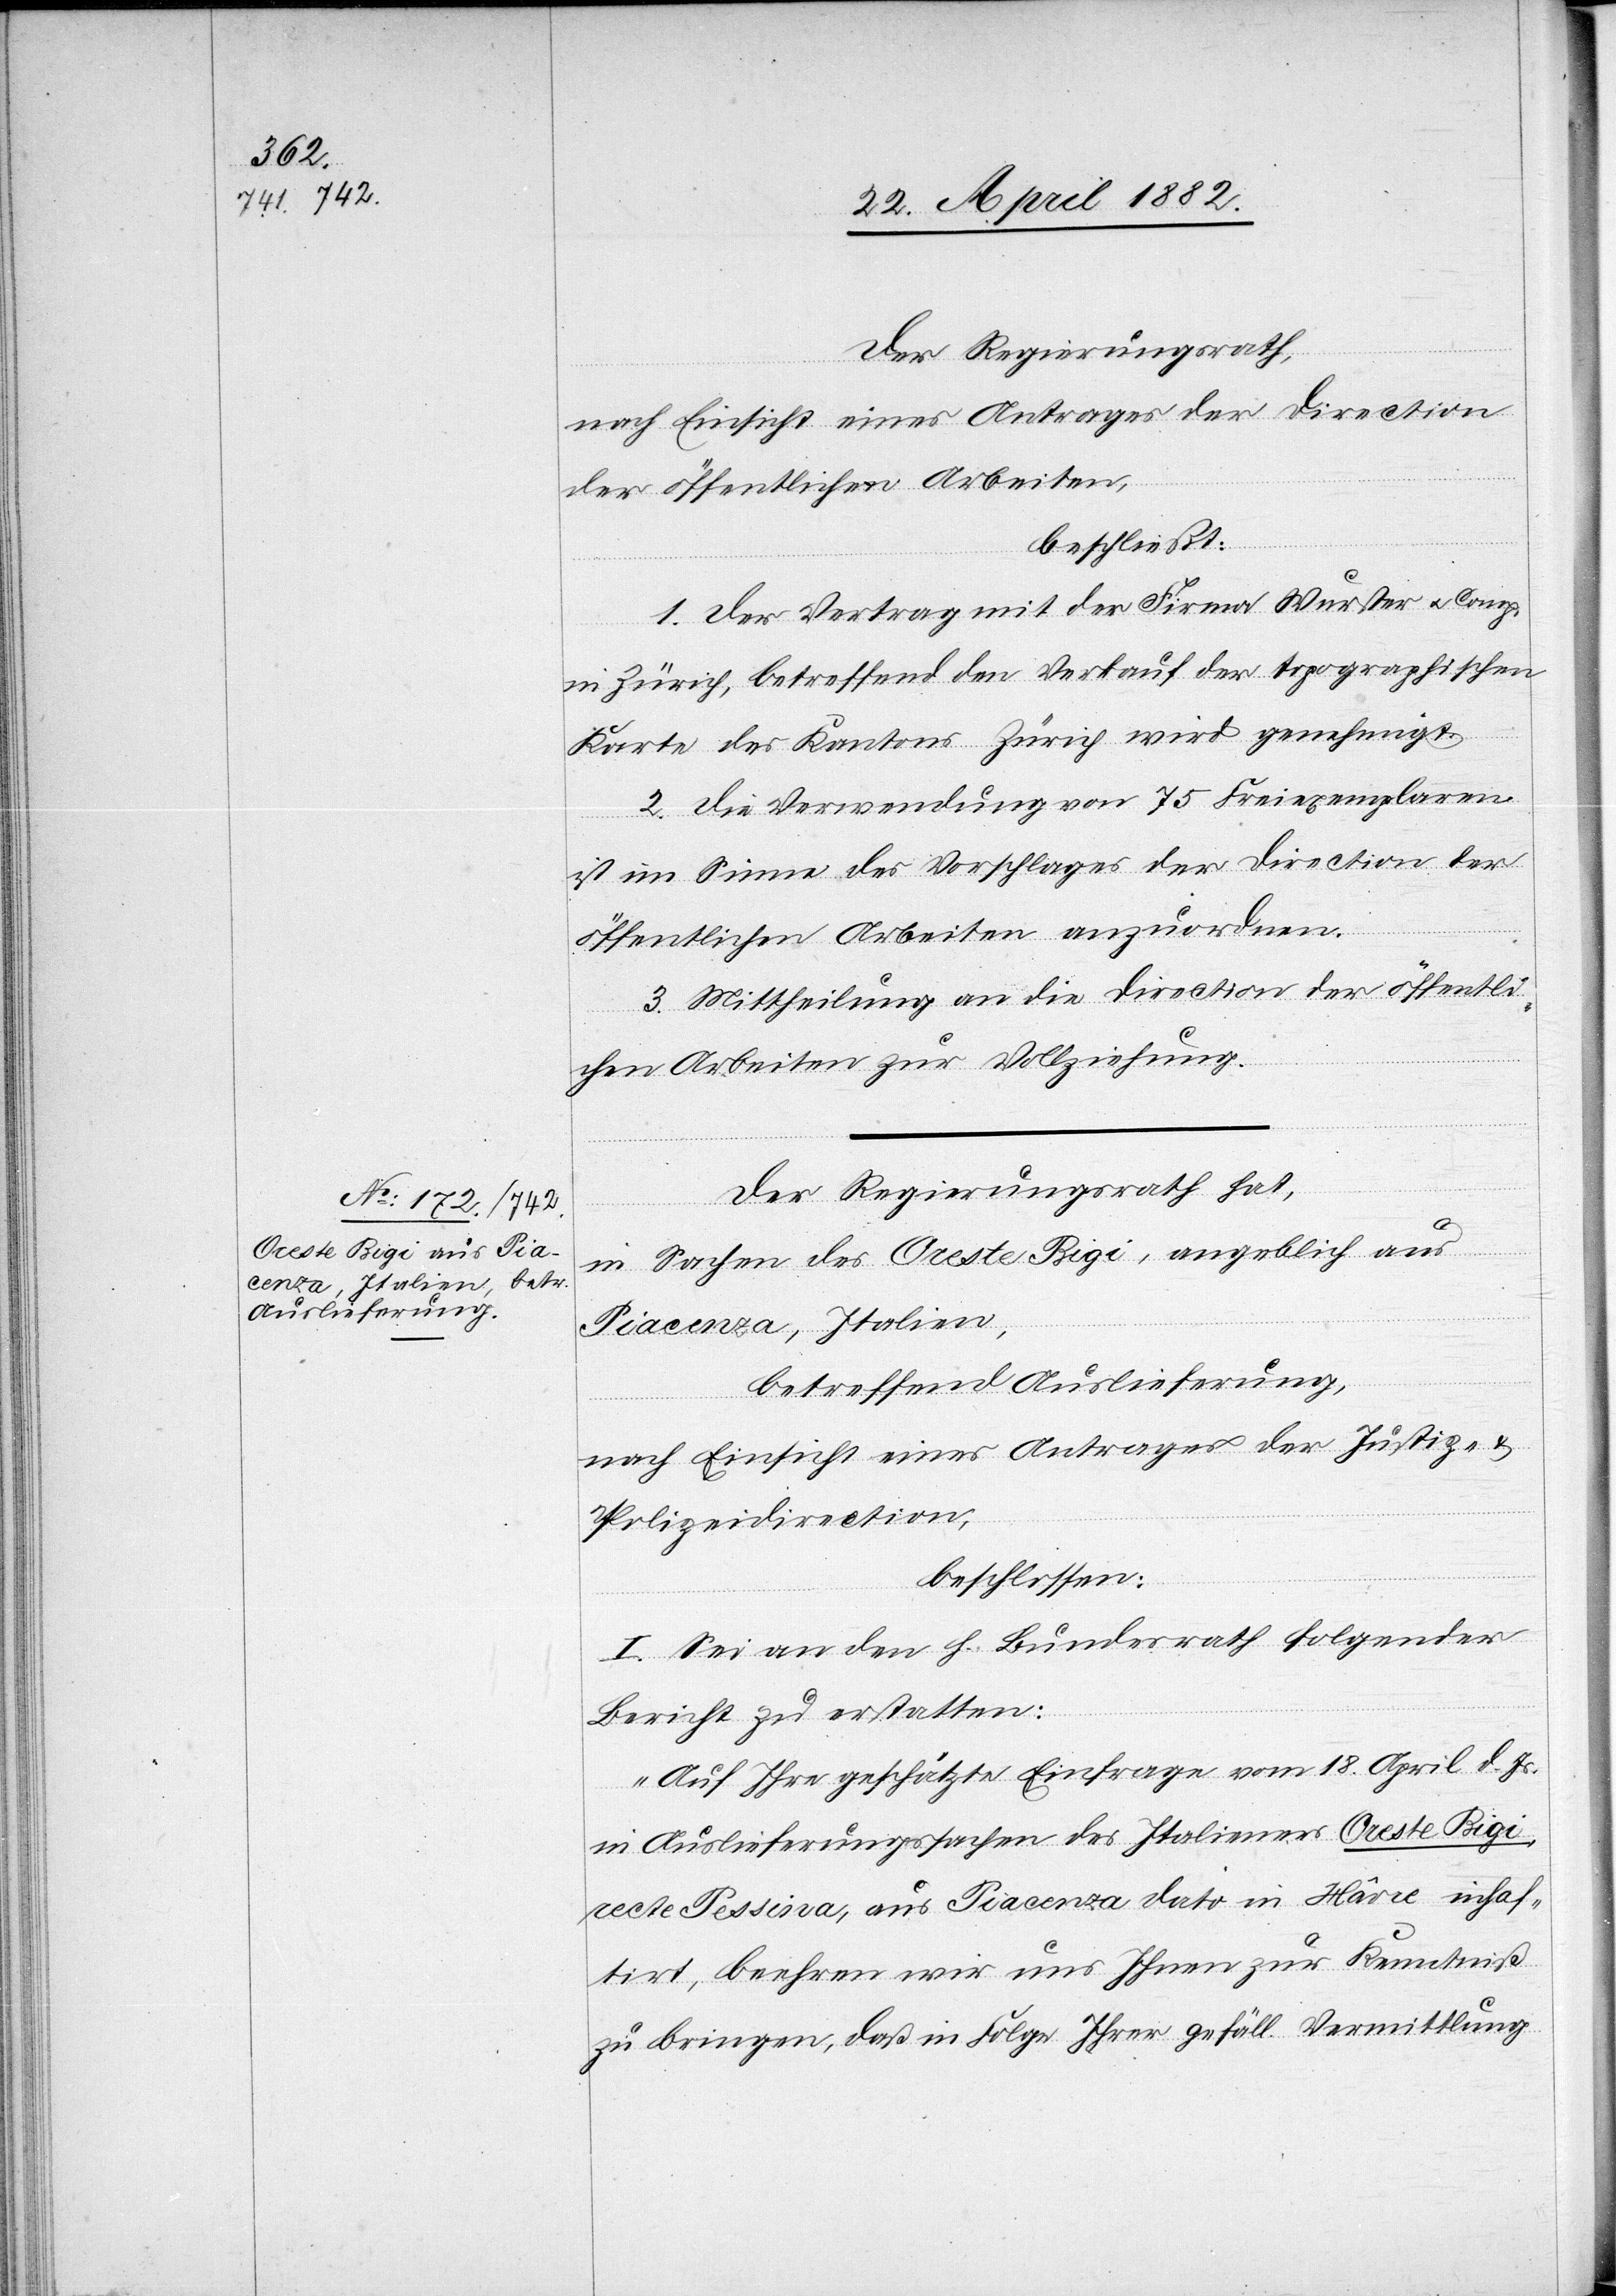
Der Regierungsrath,
nach Einsicht eines Antrages der Direction
der öffentlichen Arbeiten,
beschließt:
1. Der Vertrag mit der Firma Wurster u. Comp.
in Zürich, betreffend den Verkauf der topographischen
Karte des Kantons Zürich wird genehmigt.
2. Die Verwendung von 75 Freiexemplaren
ist im Sinne des Vorschlages der Direction der
öffentlichen Arbeiten anzuordnen.
3. Mittheilung an die Direction der öffentli¬
chen Arbeiten zur Vollziehung.
Der Regierungsrath hat,
in Sachen der Oreste Rigi, angeblich aus
Piacenza, Italien,
betreffend Auslieferung,
nach Einsicht eines Antrages der Justiz- &
Polizeidirection,
beschlossen:
I. Sei an den h. Bundesrath folgender
Bericht zu erstatten:
„Auf Ihre geschätzte Einfrage vom 18. April d. Js.
in Auslieferungssachen des Italieners Oreste Rigi
recte Pessina, aus Piacenza dato in Hâvre inhaf¬
tirt, beehren wir uns Ihnen zur Kenntniß
zu bringen, daß in Folge Ihrer gefäll. Vermittlung